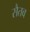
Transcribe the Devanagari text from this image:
सैतव